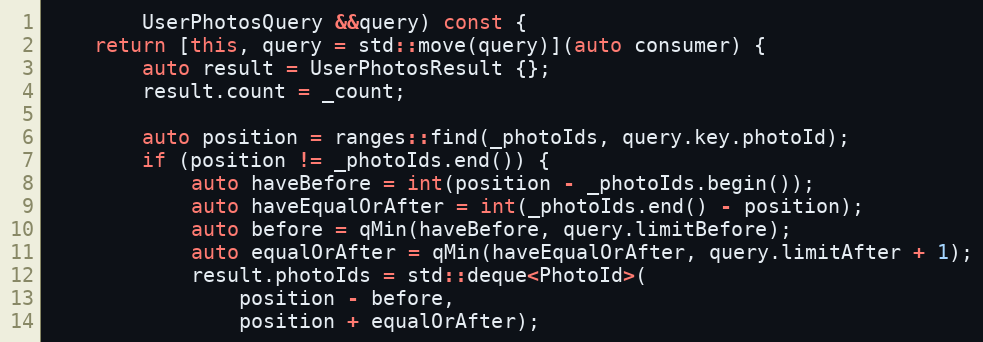
Language: C++
		UserPhotosQuery &&query) const {
	return [this, query = std::move(query)](auto consumer) {
		auto result = UserPhotosResult {};
		result.count = _count;

		auto position = ranges::find(_photoIds, query.key.photoId);
		if (position != _photoIds.end()) {
			auto haveBefore = int(position - _photoIds.begin());
			auto haveEqualOrAfter = int(_photoIds.end() - position);
			auto before = qMin(haveBefore, query.limitBefore);
			auto equalOrAfter = qMin(haveEqualOrAfter, query.limitAfter + 1);
			result.photoIds = std::deque<PhotoId>(
				position - before,
				position + equalOrAfter);